65_HS1-834228961_62-HQ-83894_Section_7
Agency: FBI
Page 192
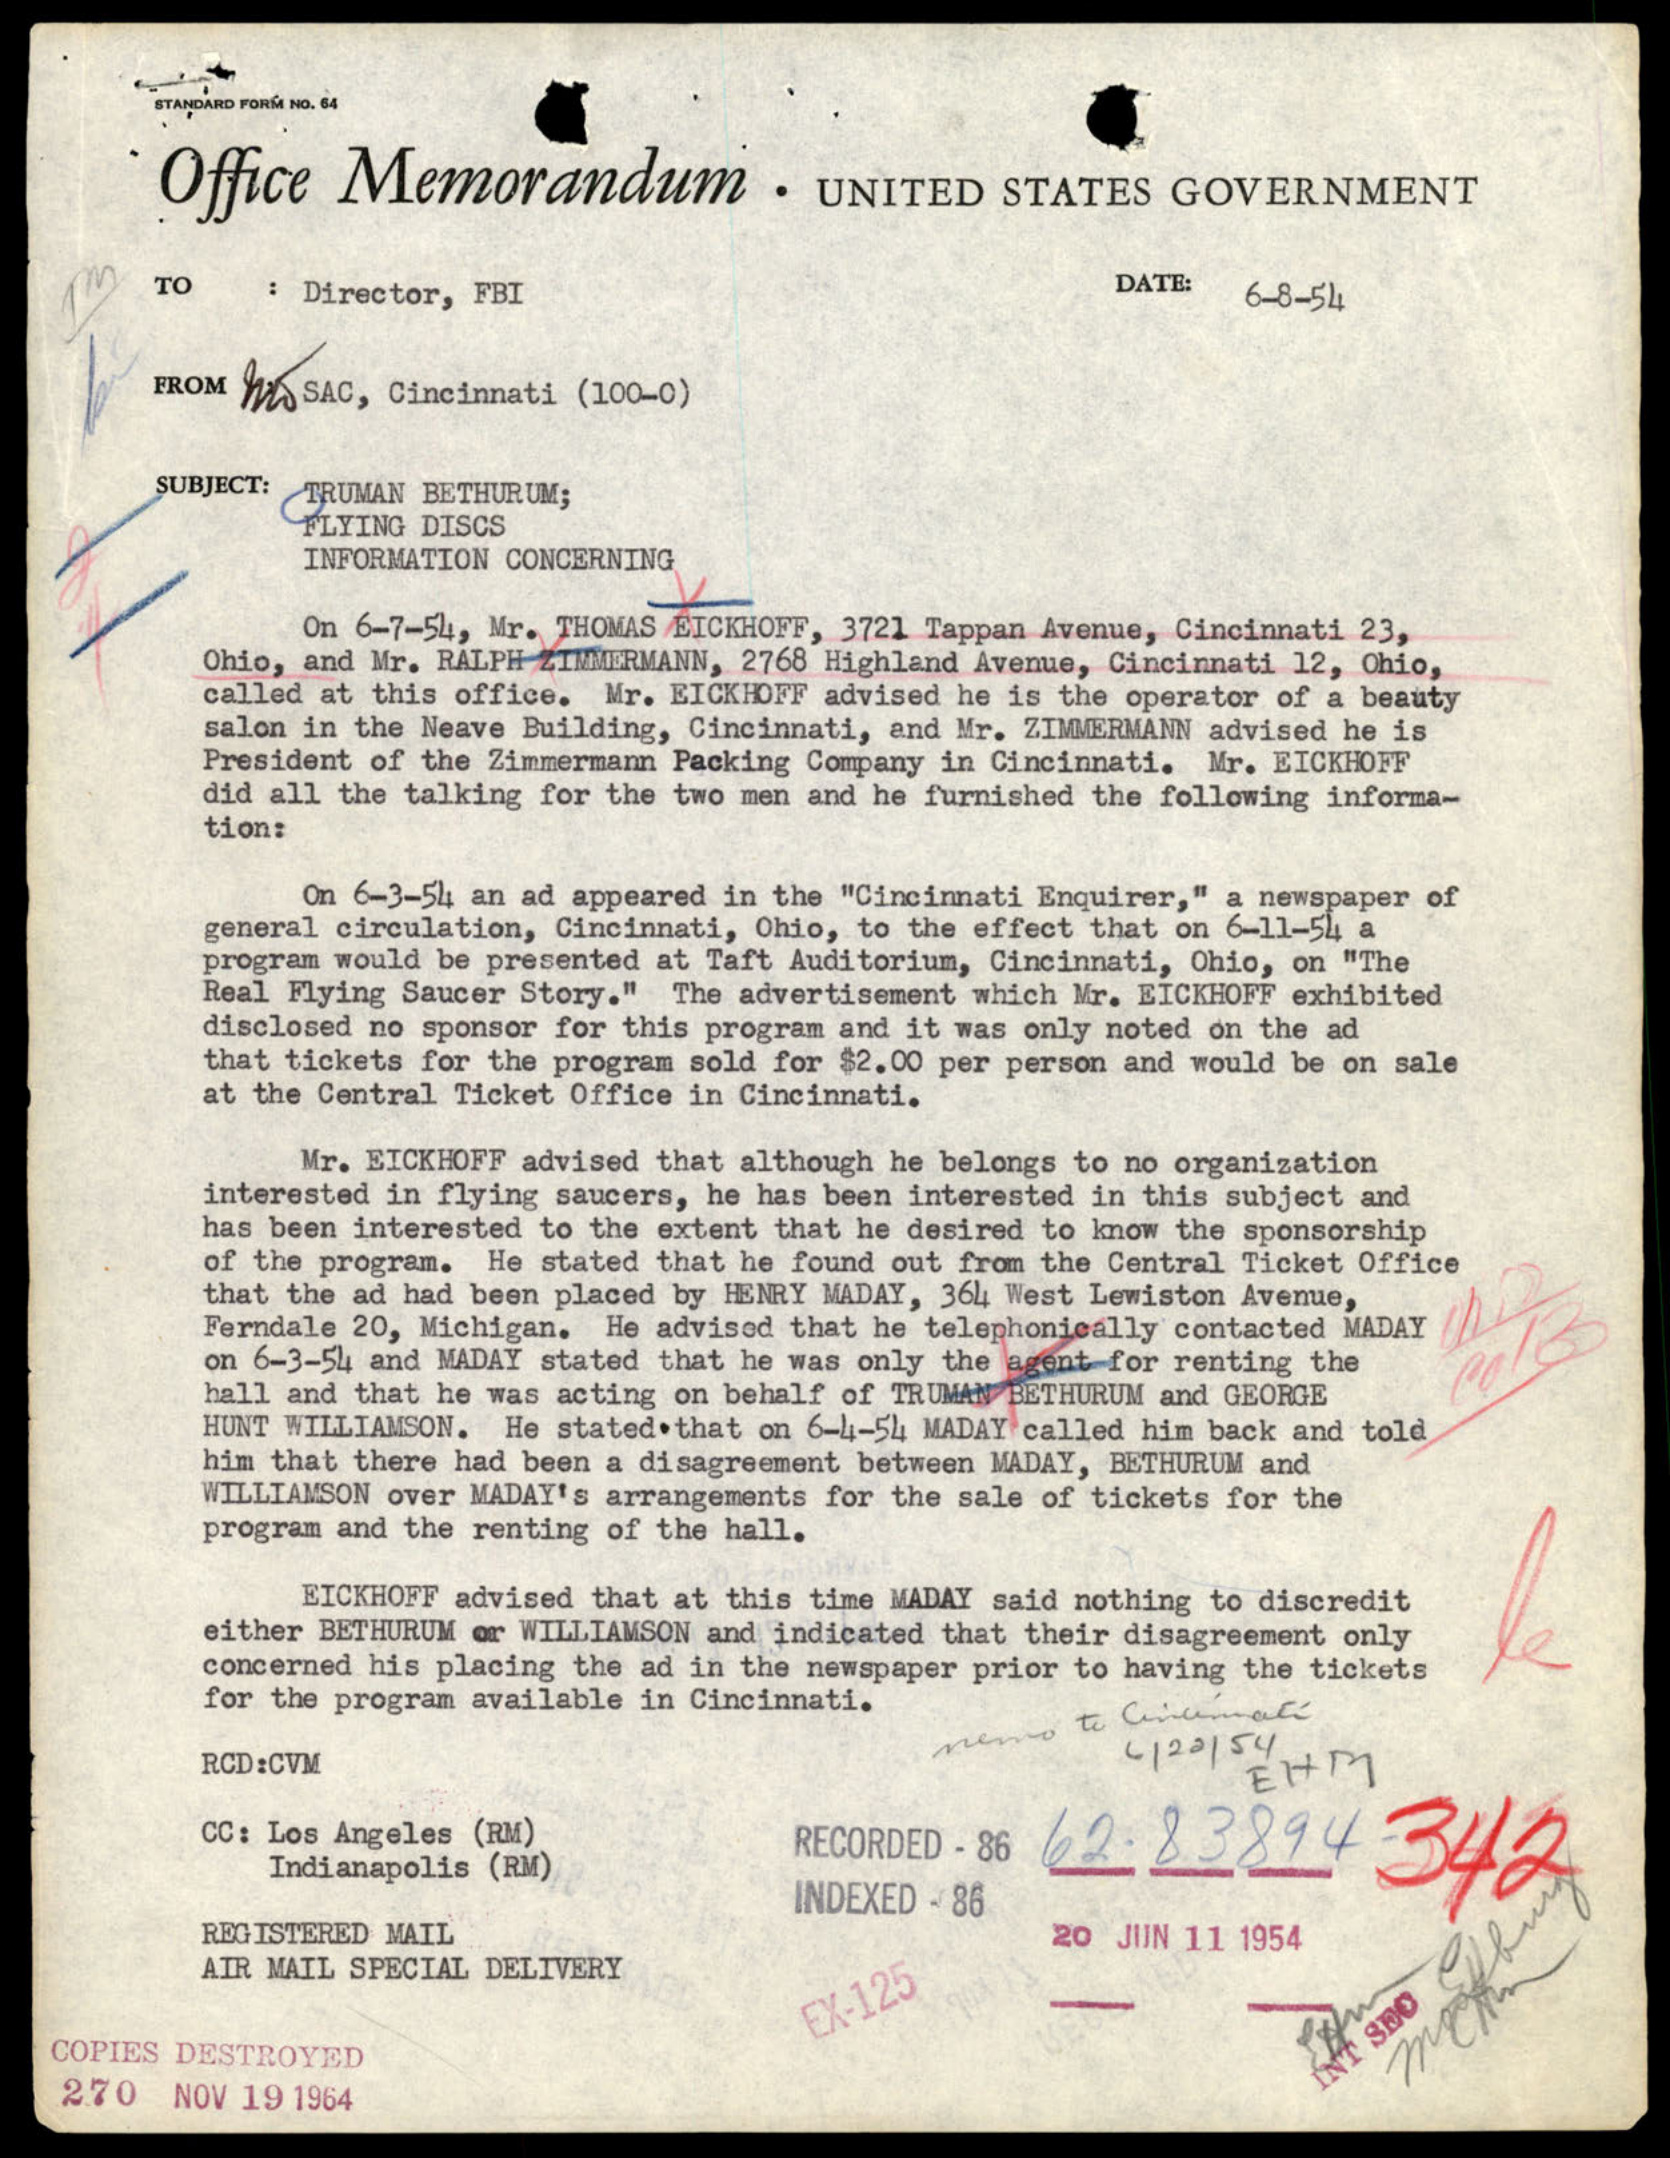